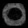
Digit: ၀